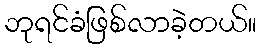
ဘုရင်ခံဖြစ်လာခဲ့တယ်။